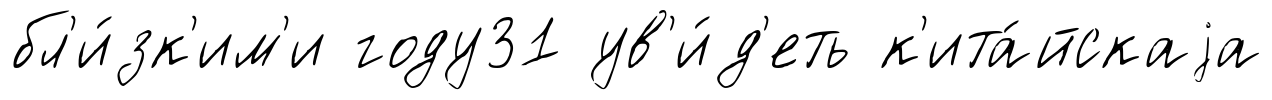
бл'и́зк'им'и году31 ув'и́д'еть к'ита́йскаjа